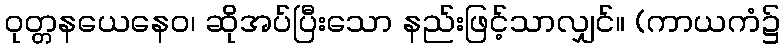
ဝုတ္တနယေနေဝ၊ ဆိုအပ်ပြီးသော နည်းဖြင့်သာလျှင်။ (ကာယကံ၌